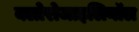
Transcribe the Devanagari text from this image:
क्लोरोजाइलिनॉल